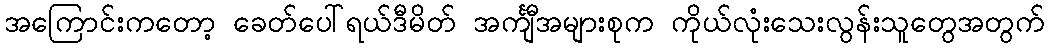
အကြောင်းကတော့ ခေတ်ပေါ်ရယ်ဒီမိတ် အင်္ကျီအများစုက ကိုယ်လုံးသေးလွန်းသူတွေအတွက်